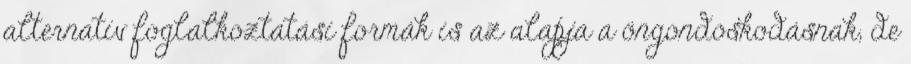
alternatív foglalkoztatási formák is az alapja a öngondoskodásnak, de